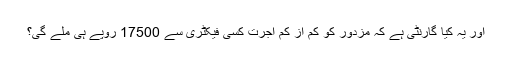
اور یہ کیا گارنٹی ہے کہ مزدور کو کم از کم اجرت کسی فیکٹری سے 17500 روپے ہی ملے گی؟